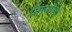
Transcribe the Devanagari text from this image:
लिएअधिक